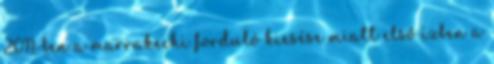
2011-ben a marrakechi forduló kiesése miatt első ízben a